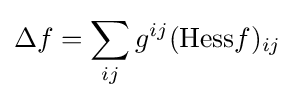
\Delta f=\sum _{ij}g^{ij}({\mbox{Hess}}f)_{ij}